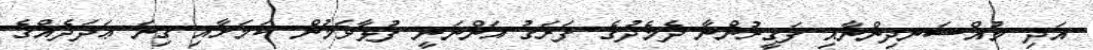
އަދި މުއްސަނދިންނާއި ފަޤީރުންނާ ދެމެދުގެ ފަރަޤު އަންނަނީ ފުޅާވަމުން ކަމަށާއި ގިނަ ޢަދަދެއްގެ